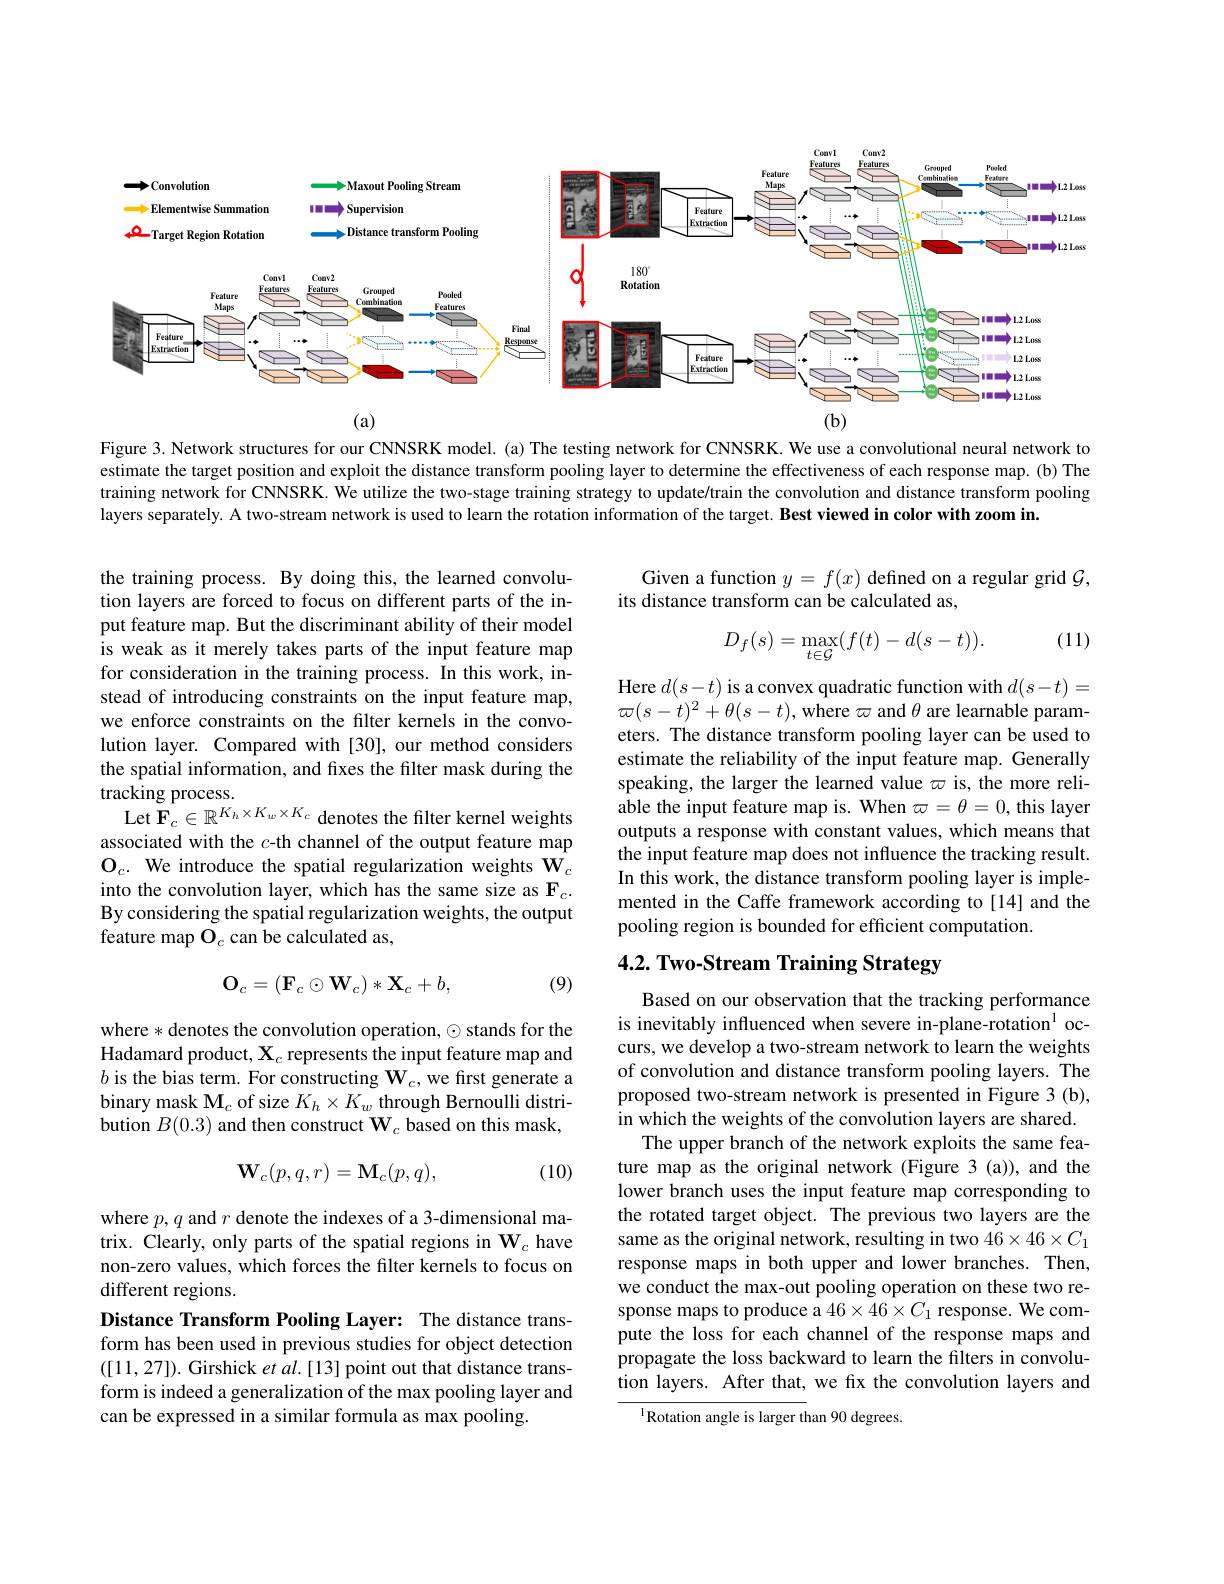
<FigureHere>

Figure 3. Network structures for our CNNSRK model. (a) The testing network for CNNSRK. We use a convolutional neural network to estimate the target position and exploit the distance transform pooling layer to determine the effectiveness of each response map.(b) The training network for CNNSRK. We utilize the two-stage training strategy to update/train the convolution and distance transform pooling layers separately. A two-stream network is used to learn the rotation information of the target. Best viewed in color with zoom in.

Given a function $y=f(x)$ defined on a regular grid $\mathcal{G}$,
its distance transform can be calculated as,

(11)
$$D_f(s)=\max_{t\in\mathcal{G}}(f(t)-d(s-t)).$$
the training process. By doing this, the learned convolution layers are forced to focus on different parts of the input feature map. But the discriminant ability of their model is weak as it merely takes parts of the input feature map for consideration in the training process. In this work, instead of introducing constraints on the input feature map, we enforce constraints on the filter kernels in the convolution layer. Compared with [30], our method considers the spatial information, and fixes the filter mask during the tracking process.
Let $\mathbf{F}_c\in\mathbb{R}^{K_h\times K_w\times K_c}$ denotes the filter kernel weights associated with the $c$-th channel of the output feature map $\mathbf{O}_c.$ We introduce the spatial regularization weights $\tilde{\mathbf{W}}_c$ into the convolution layer, which has the same size as $\mathbf{F}_{c}.$ By considering the spatial regularization weights, the output feature map $\mathcal{O}_c$ can be calculated as,

Here $d(s-t)$ is a convex quadratic function with $d(s-t)=$ $\varpi(s-t)^{2}+\theta(s-t)$,where $\varpi$ and $\theta$ are learnable parameters. The distance transform pooling layer can be used to estimate the reliability of the input feature map. Generally speaking, the larger the learned value $\varpi$ is, the more reliable the input feature map is. When $\varpi=\theta=0$, this layer outputs a response with constant values, which means that the input feature map does not influence the tracking result. In this work, the distance transform pooling layer is implemented in the Caffe framework according to[14] and the pooling region is bounded for efficient computation.

# 4.2. Two-Stream Training Strategy

(9)
$$\mathbf{O}_c=(\mathbf{F}_c\odot\mathbf{W}_c)*\mathbf{X}_c+b,$$
where * denotes the convolution operation, $\odot$ stands for the Hadamard product, $\mathbf{X}_c$ represents the input feature map and $b$ is the bias term. For constructing $\mathbf{W}_c$,we first generate a binary mask $\mathbf{M}_c$ of size $K_h\times K_w$ through Bernoulli distribution $B(0.3)$ and then construct $\mathbf{W}_c$ based on this mask,

(10)
$$\mathbf{W}_c(p,q,r)=\mathbf{M}_c(p,q),$$
Based on our observation that the tracking performance is inevitably influenced when severe in-plane-rotation$^{1}$ occurs, we develop a two-stream network to learn the weights of convolution and distance transform pooling layers. The proposed two-stream network is presented in Figure 3 (b), in which the weights of the convolution layers are shared.
The upper branch of the network exploits the same feature map as the original network (Figure 3 (a)), and the lower branch uses the input feature map corresponding to the rotated target object. The previous two layers are the same as the original network, resulting in two $46\times46\times C_1$ response maps in both upper and lower branches. Then, we conduct the max-out pooling operation on these two response maps to produce a $46\times46\times C_1$ response. We compute the loss for each channel of the response maps and propagate the loss backward to learn the filters in convolution layers. After that, we fx the convolution layers and

where $p,q$ and $r$ denote the indexes of a 3-dimensional matrix. Clearly, only parts of the spatial regions in $\mathbf{W}_c$ have non-zero values, which forces the filter kernels to focus on different regions.
Distance Transform Pooling Layer: The distance transform has been used in previous studies for object detection ([11,27]). Girshick $etal.[13]$ point out that distance transform is indeed a generalization of the max pooling layer and can be expressed in a similar formula as max pooling.

$^{1}$Rotation angle is larger than 90 degrees.